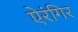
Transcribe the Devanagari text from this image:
ऐरंगिर